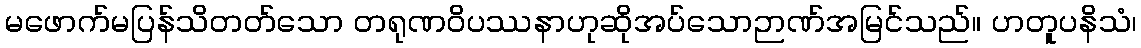
မဖောက်မပြန်သိတတ်သော တရုဏဝိပဿနာဟုဆိုအပ်သောဉာဏ်အမြင်သည်။ ဟတူပနိသံ၊